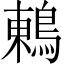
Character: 鶇